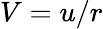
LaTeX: V=u/r